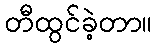
တီထွင်ခဲ့တာ။